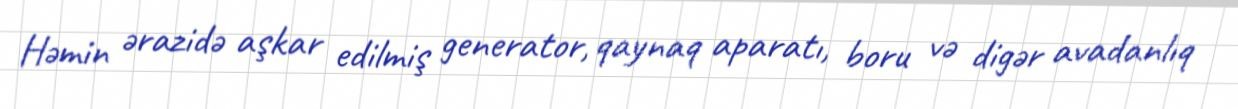
Həmin ərazidə aşkar edilmiş generator, qaynaq aparatı, boru və digər avadanlıq